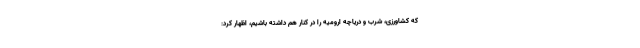
که کشاورزی، شرب و دریاچه ارومیه را در کنار هم داشته باشیم، اظهار کرد: